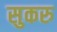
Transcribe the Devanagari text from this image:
सुकरु